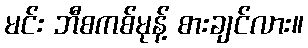
မင်း ဘီစကစ်မုန့် စားချင်လား။